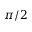
\pi / 2